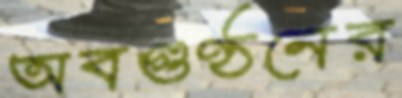
অবগুণ্ঠনের